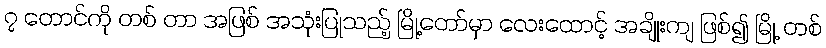
၇ တောင်ကို တစ် တာ အဖြစ် အသုံးပြုသည့် မြို့တော်မှာ လေးထောင့် အချိုးကျ ဖြစ်၍ မြို့ တစ်